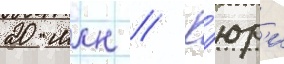
20 млн // К'юр'и